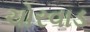
ચોરવાડ